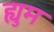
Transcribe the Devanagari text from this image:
ह्युम